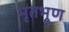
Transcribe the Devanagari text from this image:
मृतभ्रूण